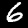
Digit: 6